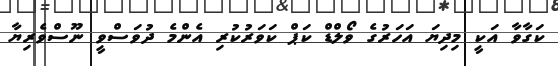
ކަގާވާ އަކީ މިދިޔަ އަހަރުގެ ވޯލްޑް ކަޕް ކަވަރުކުރި އެންމެ ދުވަސްވީ ނޫސްވެރިޔާ